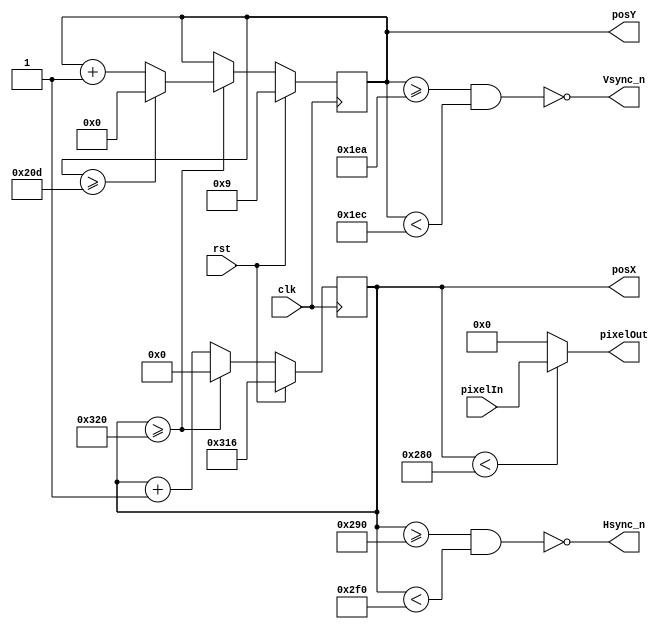
//////////////////////////////////////////////////////////////////////////////////
// 
// Design Name: 	 Ferney alberto Beltran Molina
// Module Name:    VGA_Driver 
// Project Name: 
// Target Devices: 
// Tool versions: 
// Description: 
//
// Dependencies: 
//
// Revision: 
// Revision 0.01 - File Created
// Additional Comments: 
//
//////////////////////////////////////////////////////////////////////////////////
module VGA_Driver640x480 (
	input rst,
	input clk, 				// 25MHz  para 60 hz de 640x480
	input  [11:0] pixelIn, 	// entrada del valor de color  pixel 
	output  [11:0] pixelOut, // salida del valor pixel a la VGA 
	output  Hsync_n,		// seal de sincronizacin en horizontal negada
	output  Vsync_n,		// seal de sincronizacin en vertical negada 
	output  [9:0] posX, 	// posicion en horizontal del pixel siguiente
	output  [8:0] posY 		// posicion en vertical  del pixel siguiente
);

localparam SCREEN_X = 640; 	// tamao de la pantalla visible en horizontal 
localparam FRONT_PORCH_X =16;  
localparam SYNC_PULSE_X = 96;
localparam BACK_PORCH_X = 48;
localparam TOTAL_SCREEN_X = SCREEN_X+FRONT_PORCH_X+SYNC_PULSE_X+BACK_PORCH_X; 	// total pixel pantalla en horizontal 


localparam SCREEN_Y = 480; 	// tamao de la pantalla visible en Vertical 
localparam FRONT_PORCH_Y =10;  
localparam SYNC_PULSE_Y = 2;
localparam BACK_PORCH_Y = 33;
localparam TOTAL_SCREEN_Y = SCREEN_Y+FRONT_PORCH_Y+SYNC_PULSE_Y+BACK_PORCH_Y; 	// total pixel pantalla en Vertical 


reg  [9:0] countX;
reg  [8:0] countY;

assign posX    = countX;
assign posY    = countY;

assign pixelOut = (countX<SCREEN_X) ? (pixelIn ) : (12'b000000000000) ;

assign Hsync_n = ~((countX>=SCREEN_X+FRONT_PORCH_X) && (countX<SCREEN_X+SYNC_PULSE_X+FRONT_PORCH_X)); 
assign Vsync_n = ~((countY>=SCREEN_Y+FRONT_PORCH_Y) && (countY<SCREEN_Y+FRONT_PORCH_Y+SYNC_PULSE_Y));


always @(posedge clk) begin
	if (rst) begin
		countX <= TOTAL_SCREEN_X- 10; /*para que la simulacin sea mas rapido*/
		countY <= TOTAL_SCREEN_Y-4;  /*para que la simulacin sea mas rapido*/
	end
	else begin 
		if (countX >= (TOTAL_SCREEN_X)) begin
			countX <= 0;
			if (countY >= (TOTAL_SCREEN_Y)) begin
				countY <= 0;
			end 
			else begin
				countY <= countY + 1;
			end
		end 
		else begin
			countX <= countX + 1;
			countY <= countY;
		end
	end
end

endmodule